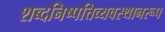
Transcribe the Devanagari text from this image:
शब्दनिष्पत्तिव्यवस्थानरूप